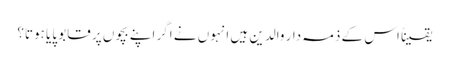
یقیناً اس کے ذمہ دار والدین ہیں انہوں نے اگر اپنے بچوں پر قابو پایا ہوتا؟